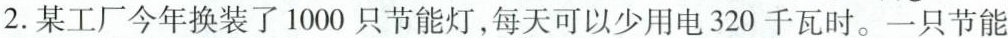
2.某工厂今年换装了1000只节能灯，每天可以少用电320千瓦时。一只节能